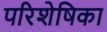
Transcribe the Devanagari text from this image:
परिशेषिका